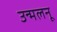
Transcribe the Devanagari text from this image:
उन्मलनू